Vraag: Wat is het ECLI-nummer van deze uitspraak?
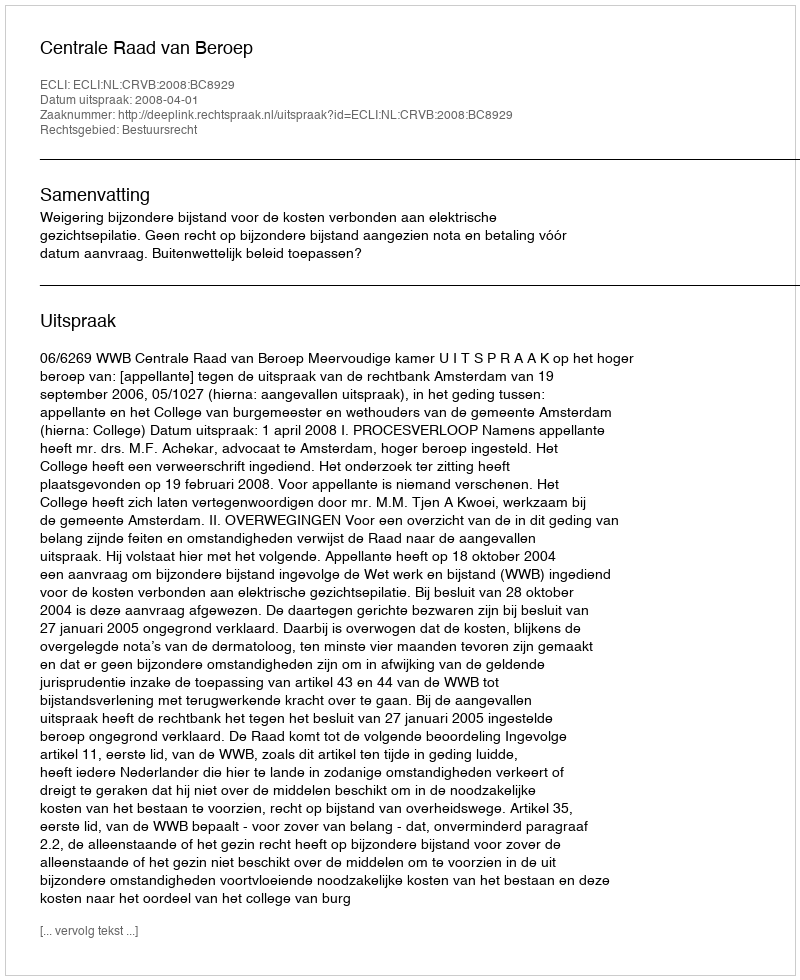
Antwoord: ECLI:NL:CRVB:2008:BC8929